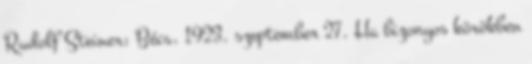
Rudolf Steiner: Bécs, 1923. szeptember 27. Ha bizonyos körökben